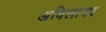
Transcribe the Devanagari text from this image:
अविलावर